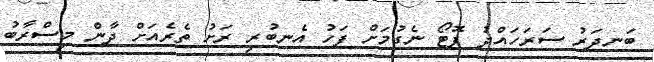
ބަނދަރު ސަރަހައްދު ފޮޓޯ ނެގުމަށް ފަހު އެނބުރި ރަށު ތެރެއަށް ދާން މިސްރާބު